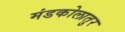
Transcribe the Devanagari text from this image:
मंडकोलातुर